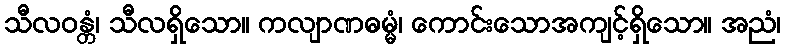
သီလဝန္တံ၊ သီလရှိသော။ ကလျာဏဓမ္မံ၊ ကောင်းသောအကျင့်ရှိသော။ အညံ၊